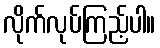
လိုက်လုပ်ကြည့်ပါ။